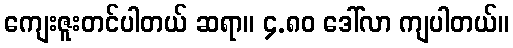
ကျေးဇူးတင်ပါတယ် ဆရာ။ ၄.၈၀ ဒေါ်လာ ကျပါတယ်။